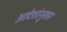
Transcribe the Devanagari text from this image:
आदेशांनुसार